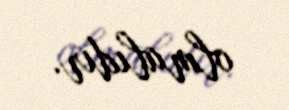
olmalıdır.